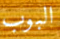
البوب